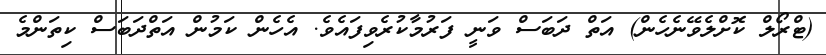
(ޓްރޯލް ކޮށްލެވޭނެހެން) އަތް ދަބަސް ވަނީ ފަރުމާކުރެވިފައެވެ. އެހެން ކަމުން އަތްދަބަސް ކިތަންމެ